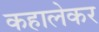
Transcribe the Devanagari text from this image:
कहालेकर